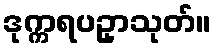
ဒုက္ကရပဥှာသုတ်။